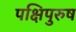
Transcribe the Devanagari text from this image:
पक्षिपुरुष